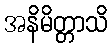
အနိမိတ္တာသိ